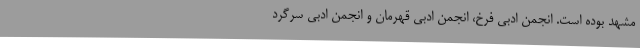
مشهد بوده است. انجمن ادبی فرخ، انجمن ادبی قهرمان و انجمن ادبی سرگرد